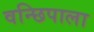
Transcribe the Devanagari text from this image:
वन्छिपाला